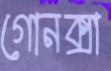
গোনক্সা